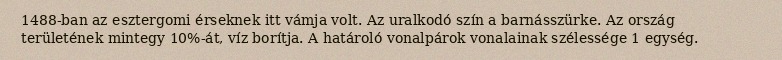
1488-ban az esztergomi érseknek itt vámja volt. Az uralkodó szín a barnásszürke. Az ország területének mintegy 10%-át, víz borítja. A határoló vonalpárok vonalainak szélessége 1 egység.